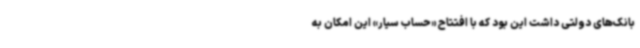
بانک‌های دولتی داشت این بود که با افتتاح «حساب سیار» این امکان به